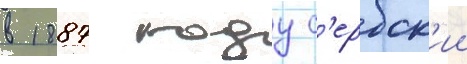
в 1887 году с'ербск'ии